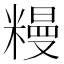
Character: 䊡